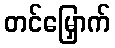
တင်မြှောက်